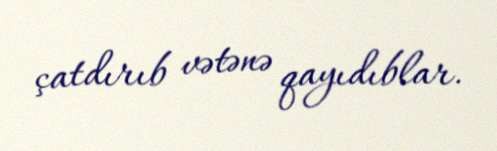
çatdırıb vətənə qayıdıblar.